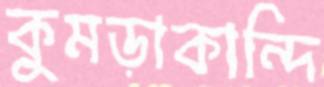
কুমড়াকান্দি